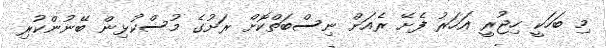
މި ބަހަކީ ހިޖުރީ އަހަރު ފެށޭ ރެއަށް ނިސްބަތްކޮށް ރަށުގެ މުސްކުޅިން ބޭނުންކުރި